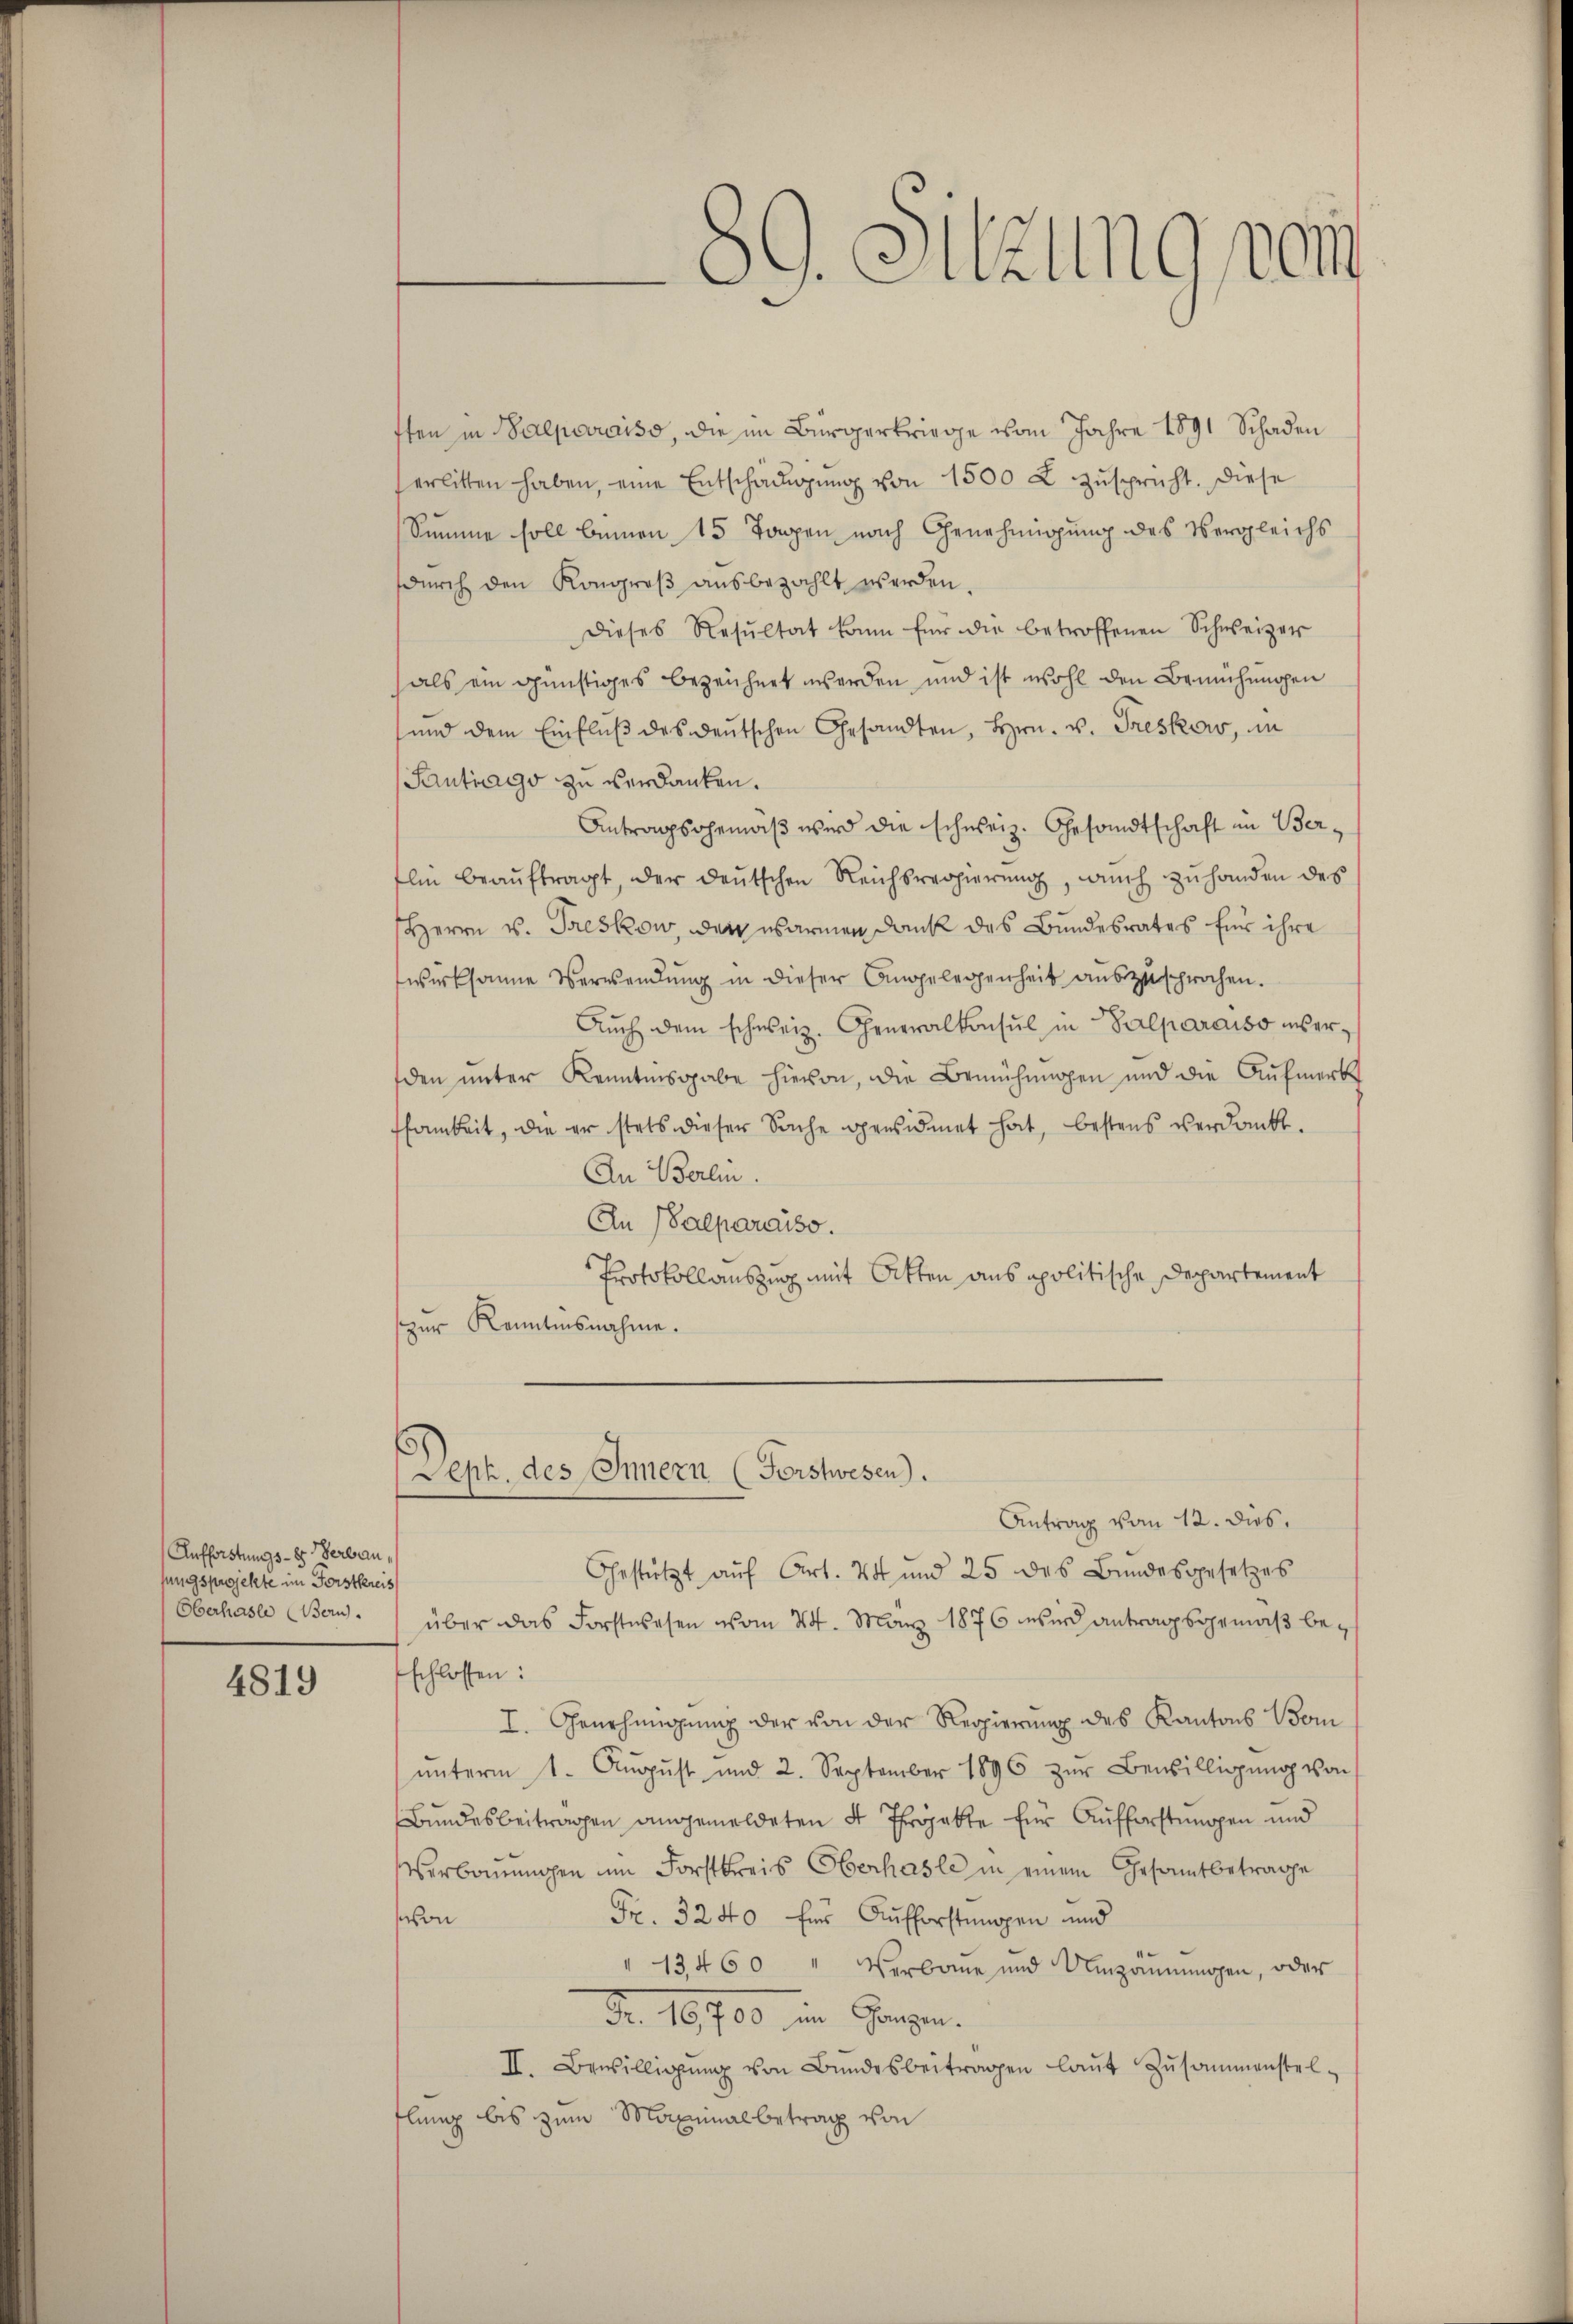
Aufforstungs - es Verbau,
sungsprojekte im Forstkreis
Oberhasli (Bern.

4819

89. Sitzung vom

sten in Balparaiso, die im Bürgerkriege vom Jahre 1891 Schaden
erlitten haben, eine Entschädigŭng von 1500 x zuspricht. Diese
Summe soll benen 15 Tagen nach Genehmigung des Vergleichs
durch den Kongreß ausbezahlt werden
Dieses Resŭltat kann für die betroffenen Schweizer
als ein günstiges bezeichnet worden, und ist wohl den Bemühungen
und dem Einflŭβ des deutschen Gesandten, Hrn. v. Freskow, in
Santrags zu verdanken.
Antragsgemäβ wird die schweiz. Gesandtschaft im Berlin beauftragt, der deutschen Reichsregierung, durch zu handen des
Herrn v. Preskow, den warmen Dank das Bundesrates für ihre
wirksame Verwendung in dieser Angelegenheit auszusprochen.
Auch dem schweiz. Generalkonsul in Palparaiso unverden unter Kenntnisgabe hievon, die Bemühungen und die Aufmerk
samkeit, die er stets dieser Sache spensidmet hat, bestens verdankt.
An Berlin.
An (Valparaiso
Protokollauszug mit Otten aus apolitische Departement
zur Kenntnisnahme.
Deph. des Innern (Forstwesen).
Antrag vom 12. dies
Gestützt auf Art. 24 und 25 des Bundesgesetzes
über das Forstwesen vom 24. März 1876 wird antragsgemäß beschlossen:
I. Genehmigung der von der Regierung des Kantons Bern
ŭnterm 1. Aŭgŭst und 2. September 1896 zŭr Bewilligŭng von
Bundesbeitragen angemeldeten 4 Throjekte Eine Aufforstungen und
Verbauungen im Forstkreis Oberhasle in einem Gesamtbetrage
Fr. 3240 fins Aufforstuppen und
von
" 13460 " Verbaue und Umzäŭnŭngen, oder
Fr. 16700 in Gegen.
II. Bewilligŭng von Bŭndesbeitragen laŭt Zŭsammenstel-
flung bis zum Maximalbetrag von